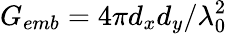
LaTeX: G_{emb}=4\pi d_{x}d_{y}/\lambda_{0}^{2}